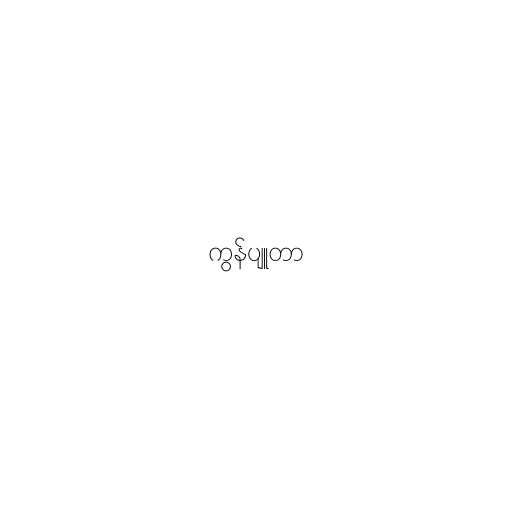
ကွန်ပျူတာ